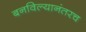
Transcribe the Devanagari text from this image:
बनविल्यानंतरच